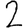
Digit: 2